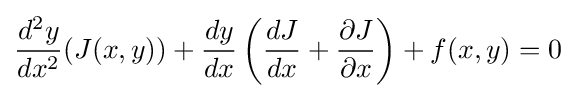
{d^{2}y \over dx^{2}}(J(x,y))+{dy \over dx}\left({dJ \over dx}+{\partial J \over \partial x}\right)+f(x,y)=0